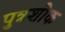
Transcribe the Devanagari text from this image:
पुत्रशोक